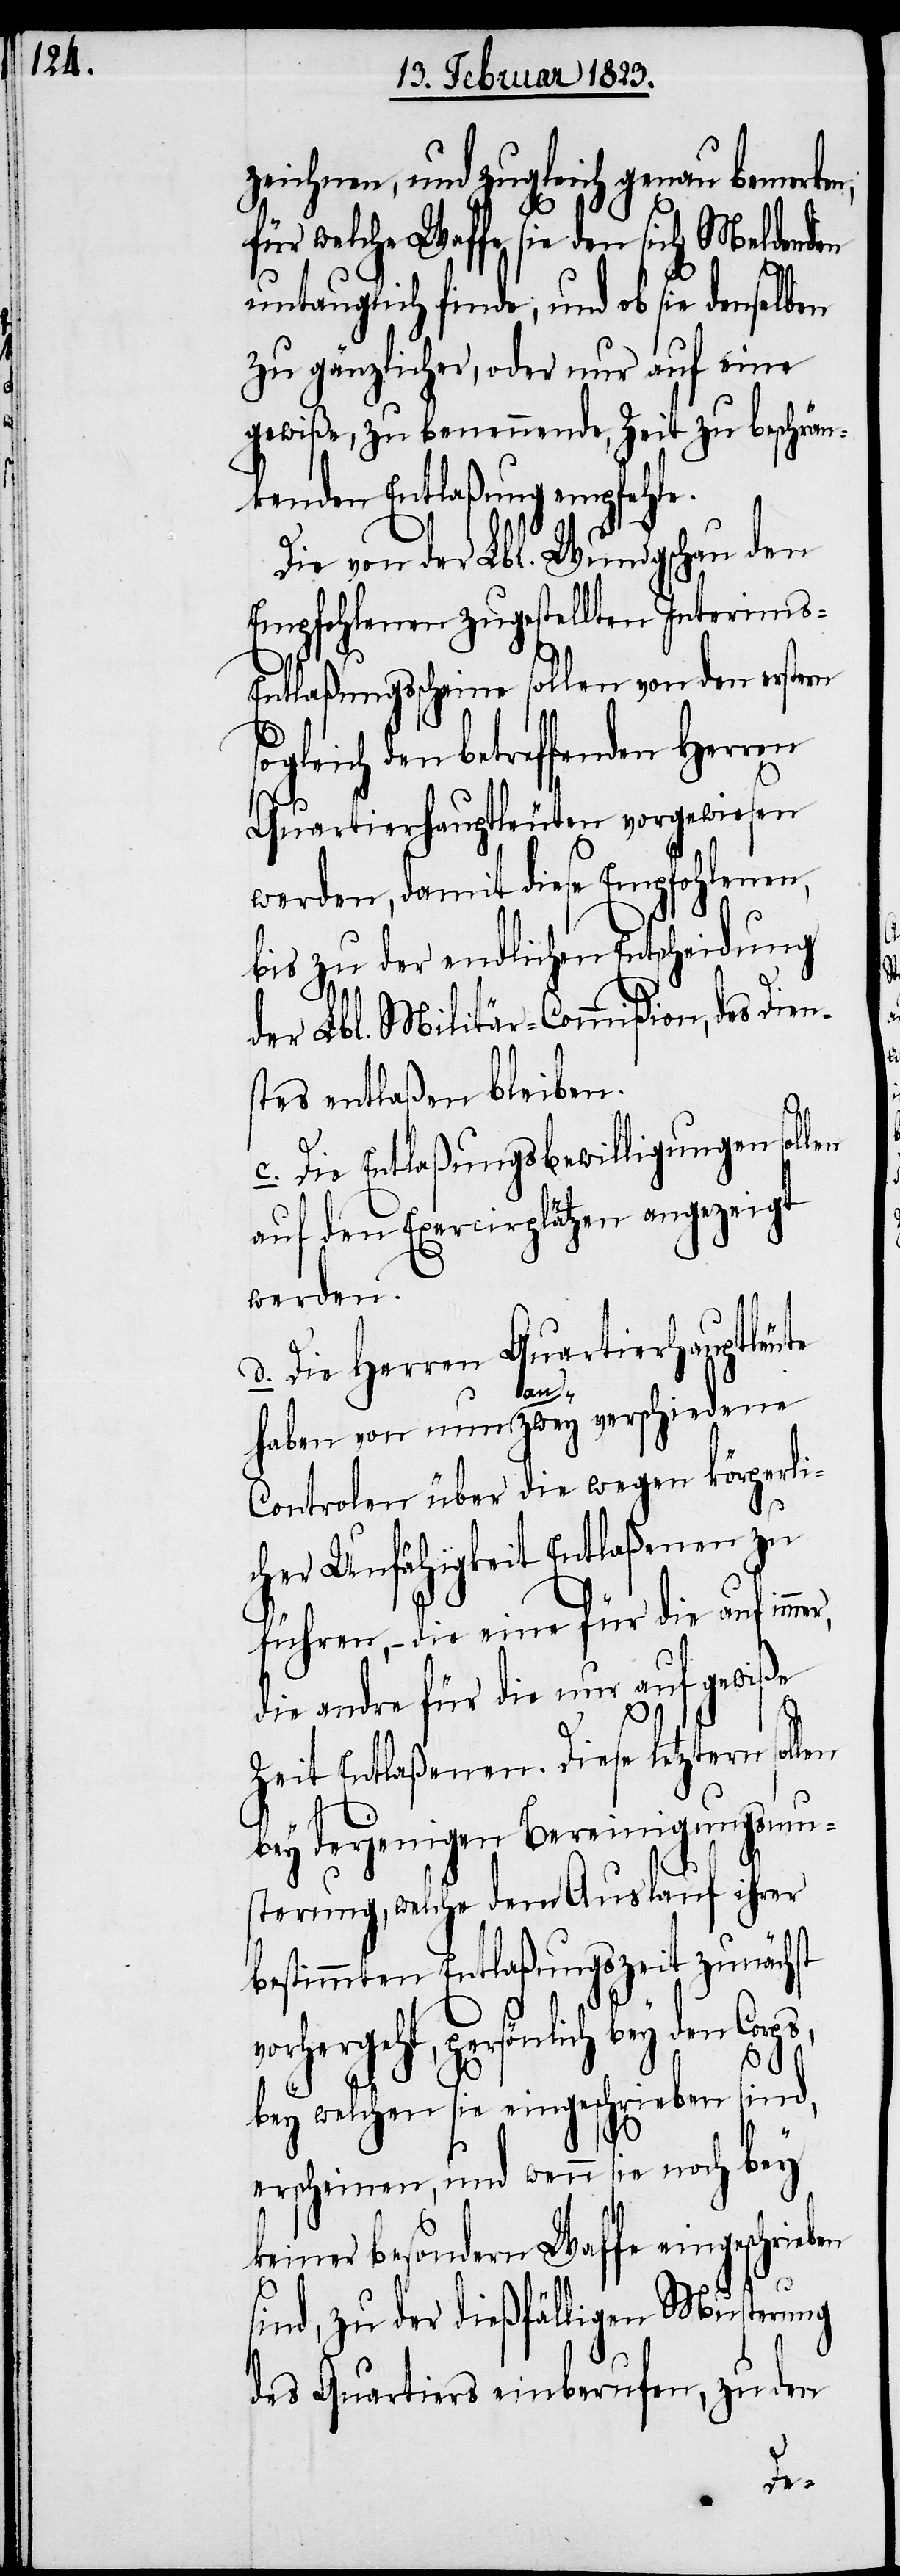
zeichnen, und zugleich genau bemerke¬
für welche Waffe sie den sich Meldenden
untauglich finde, und ob sie
zu gänzlicher, oder nur auf eine
gewiße, zu benennende, Zeit zu beschrän¬
kenden Entlaßung empfehle.
Die von der Lbl. Wundgschau den
Empfohlenen zugestellten Interims-E¬
ntlaßungsscheine sollen von den erstern
sogleich den betreffenden Herren
Quartierhauptleuten vorgewiesen
werden, damit diese Empfohlenen,
bis zu der endlichen Entscheidung
der Lbl. Militär-Commißion, des Dien¬
stes entlaßen bleiben.
ps,
c. Die Entlaßungsbewilligungen sollen
auf den Exercirplätzen angezeigt
werden.
d. Die Herren Quartierhauptleute
haben von nun an zwey verschiedene
Controlen über die wegen körperli¬
cher Unfähigkeit Entlaßenen zu
führen, – die eine für die auf immer,
die andre für die nur auf gewiße
Zeit Entlaßenen. Diese letztern
bey derjenigen Bereinigungsmu¬
sterung, welche dem Auslauf ihrer
bestimmten Entlaßungszeit zunächst
orhergeht, persönlich bey den Cor¬
bey welchen sie eingeschrieben sind,
erscheinen, und wenn sie noch bey
keiner besondern Waffe eingeschrie¬
sind, zu der dießfälligen Musterung
des Quartiers einberufen, zu den
ben